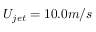
U _ { j e t } = 1 0 . 0 m / s